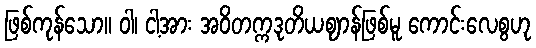
ဖြစ်ကုန်သော။ ဝါ၊ ငါ့အား အဝိတက္ကဒုတိယဈာန်ဖြစ်မူ ကောင်းလေစွဟု